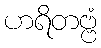
ဟရိတဗ္ဗံ